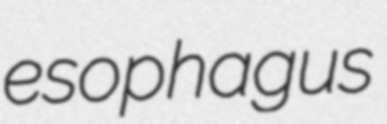
esophagus